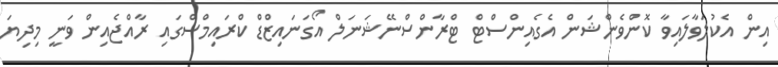
އިން އެކުލަވާލައިވާ ކޮންވެންޝަން އެގެއިންސްޓް ޓްރާންސްނޭޝަނަލް އޯގަނައިޒްޑް ކްރައިމްސްގައި ރާއްޖެއިން ވަނީ މިދިޔަ